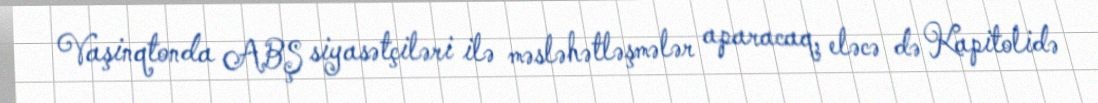
Vaşinqtonda ABŞ siyasətçiləri ilə məsləhətləşmələr aparacaq, eləcə də Kapitolidə